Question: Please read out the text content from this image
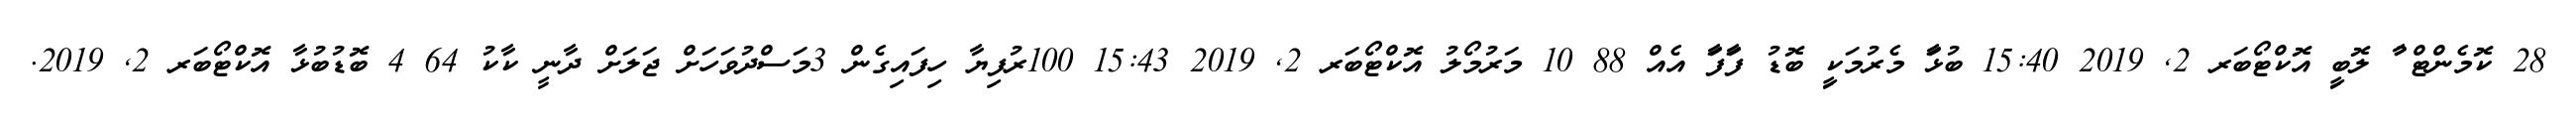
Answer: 28 ކޮމެންޓް ާު ލޮބިީ އޮކްޓޯބަރ 2, 2019 15:40 ބުޅަާ މެރުމަކިީ ބޮޑު ފަާފަާ އެއް 88 10 މަރުމޯލު އޮކްޓޯބަރ 2, 2019 15:43 100ރުފިޔާ ހިފައިގެން 3މަސްދުވަހަށް ޖަލަށް ދާނީ ކާކު 64 4 ބޮޑުބުޅާ އޮކްޓޯބަރ 2, 2019.